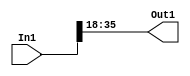
module velocityControlHdl_Convert_Data_Type1_block1
          (
           In1,
           Out1
          );


  input   signed [35:0] In1;  // sfix36_En28
  output  signed [17:0] Out1;  // sfix18_En10


  wire signed [17:0] Data_Type_Conversion_out1;  // sfix18_En10


  // <S46>/Data Type Conversion
  assign Data_Type_Conversion_out1 = In1[35:18];



  assign Out1 = Data_Type_Conversion_out1;

endmodule